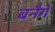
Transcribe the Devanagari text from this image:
बनैगे